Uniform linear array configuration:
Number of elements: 4
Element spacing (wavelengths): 1
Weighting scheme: hamming
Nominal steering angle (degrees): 60
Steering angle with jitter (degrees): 60.316
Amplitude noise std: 0.05
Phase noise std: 0.05

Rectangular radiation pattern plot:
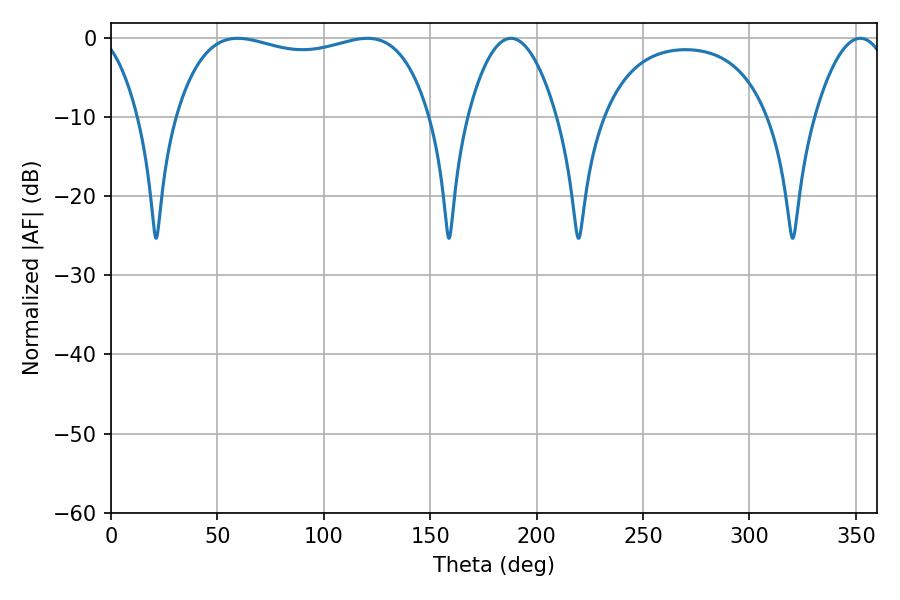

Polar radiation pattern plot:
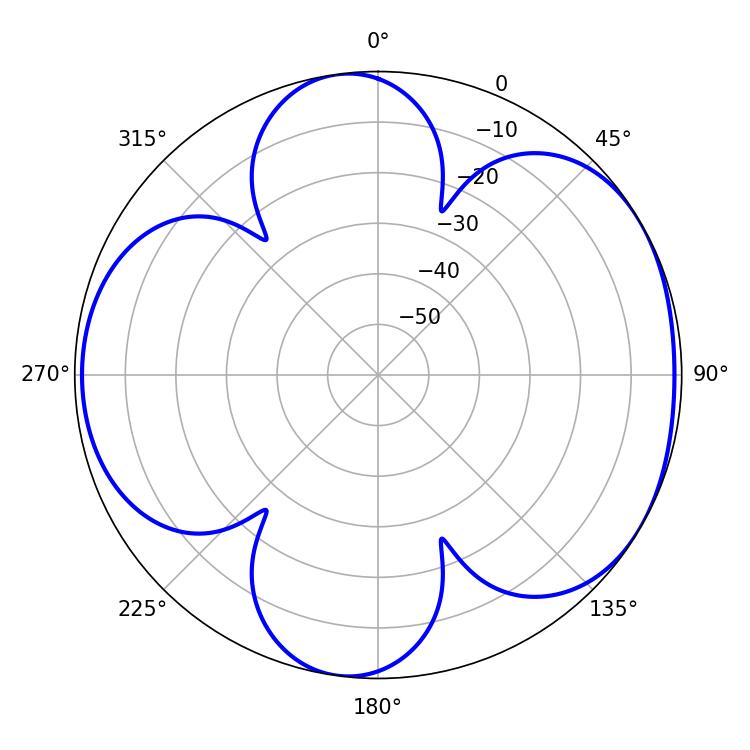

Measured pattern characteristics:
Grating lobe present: TRUE
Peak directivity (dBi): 5.326
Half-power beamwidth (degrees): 23.04
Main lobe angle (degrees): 187.92